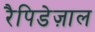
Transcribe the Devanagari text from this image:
रैपिडेज़ाल